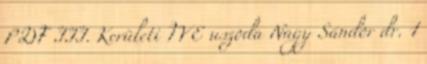
PDF III. Kerületi TVE uszoda Nagy Sándor dr. 1